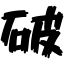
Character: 破